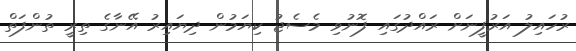
ރުހައިލު އަރުފީނަށް ރައްދުގައި ފޮނުވި މެސެޖު ކިޔަމުން ދިޔައިރު އޭނާގެ ތިރީ ތުންފަތް